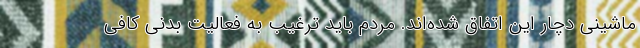
ماشینی دچار این اتفاق شده‌اند. مردم باید ترغیب به فعالیت بدنی کافی